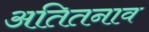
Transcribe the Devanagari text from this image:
अतितनाव